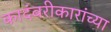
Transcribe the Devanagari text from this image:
कादंबरीकारांच्या